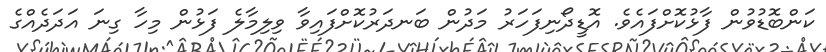
ކަންބޮޑުވުން ފާޅުކޮށްފައެވެ. އޮޑީދޯނިފަހަރު މަދުން ބަނދަރުކޮށްފައިވާ ވިލިމާލެ ފަޅުން މިހާ ގިނަ އަދަދެއްގެ